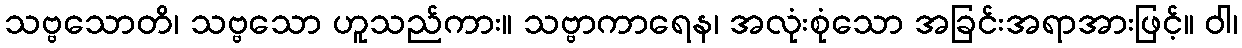
သဗ္ဗသောတိ၊ သဗ္ဗသော ဟူသည်ကား။ သဗ္ဗာကာရေန၊ အလုံးစုံသော အခြင်းအရာအားဖြင့်။ ဝါ၊